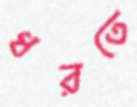
ধরতে